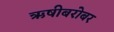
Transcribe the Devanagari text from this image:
ऋषीबरोबर